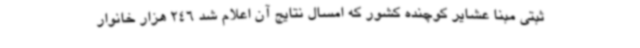
ثبتی مبنا عشایر کوچنده کشور که امسال نتایج آن اعلام شد 246 هزار خانوار